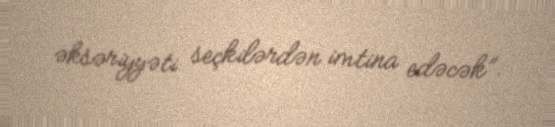
əksəriyyəti seçkilərdən imtina edəcək”.